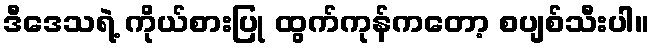
ဒီဒေသရဲ့ ကိုယ်စားပြု ထွက်ကုန်ကတော့ စပျစ်သီးပါ။